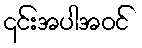
၎င်းအပါအဝင်